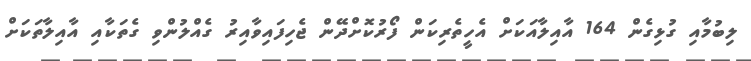
ލިބުމާއި ގުޅިގެން 164 އާއިލާއަކަށް އެހީތެރިކަން ފޯރުކޮށްދޭން ޖެހިފައިވާއިރު ގެއްލުންވި ގެތަކާއި އާއިލާތަކަށް